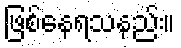
ဖြစ်နေရသနည်း။